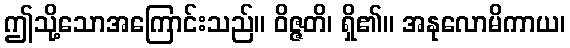
ဤသို့သောအကြောင်းသည်။ ဝိဇ္ဇတိ၊ ရှိ၏။ အနုလောမိကာယ၊